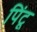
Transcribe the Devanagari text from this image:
पिंटू